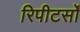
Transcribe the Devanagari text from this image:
रिपीटर्सों